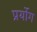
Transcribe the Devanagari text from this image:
प्रर्योग